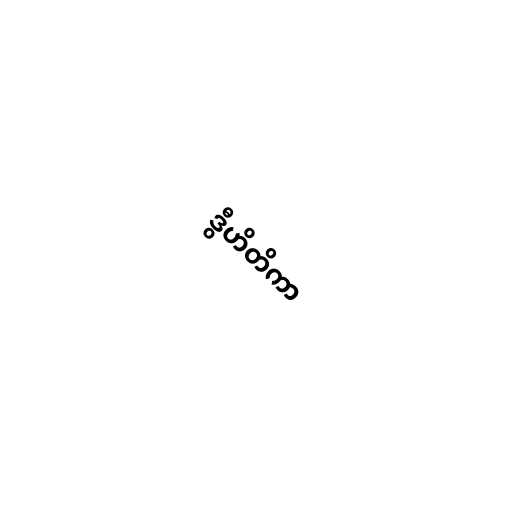
ဒွီဟိတိကာ